Report on vaccination North-West Frontier Province 1904-1922 - 1904-1922
Year: 1904
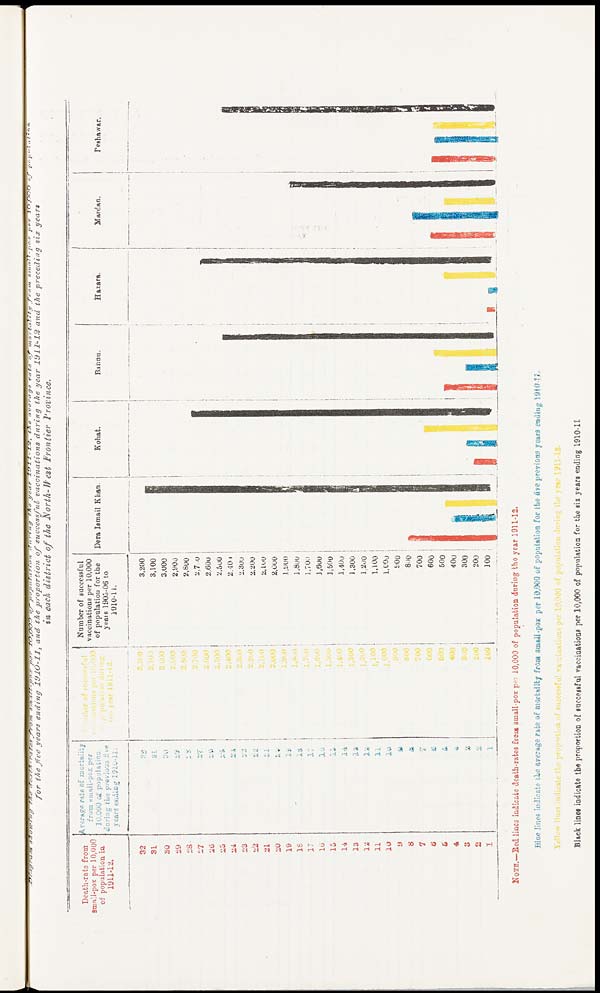
Diagram showing the deaths-rates from small-pox per 10,000 of population during the year 1911-12, the average rate of mortality from small-pox per 10,000 of population
for the five years ending 1910-11, and the proportion of successful vaccinations during the year 1911-12 and the preceding six years
in each district of the North-West Frontier Province.